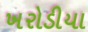
ખરોડીયા